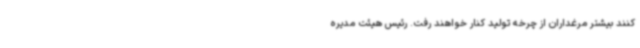
کنند بیشتر مرغداران از چرخه تولید کنار خواهند رفت. رئیس هیئت مدیره